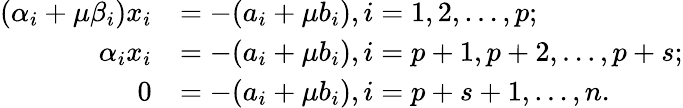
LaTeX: \begin{array}{rl}{(\alpha_{i}+\mu\beta_{i})x_{i}}&{=-(a_{i}+\mu b_{i}),i=1,2,\ldots,p;}\\ {\alpha_{i}x_{i}}&{=-(a_{i}+\mu b_{i}),i=p+1,p+2,\ldots,p+s;}\\ {0}&{=-(a_{i}+\mu b_{i}),i=p+s+1,\ldots,n.}\end{array}